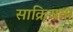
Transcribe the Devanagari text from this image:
साक्रियता